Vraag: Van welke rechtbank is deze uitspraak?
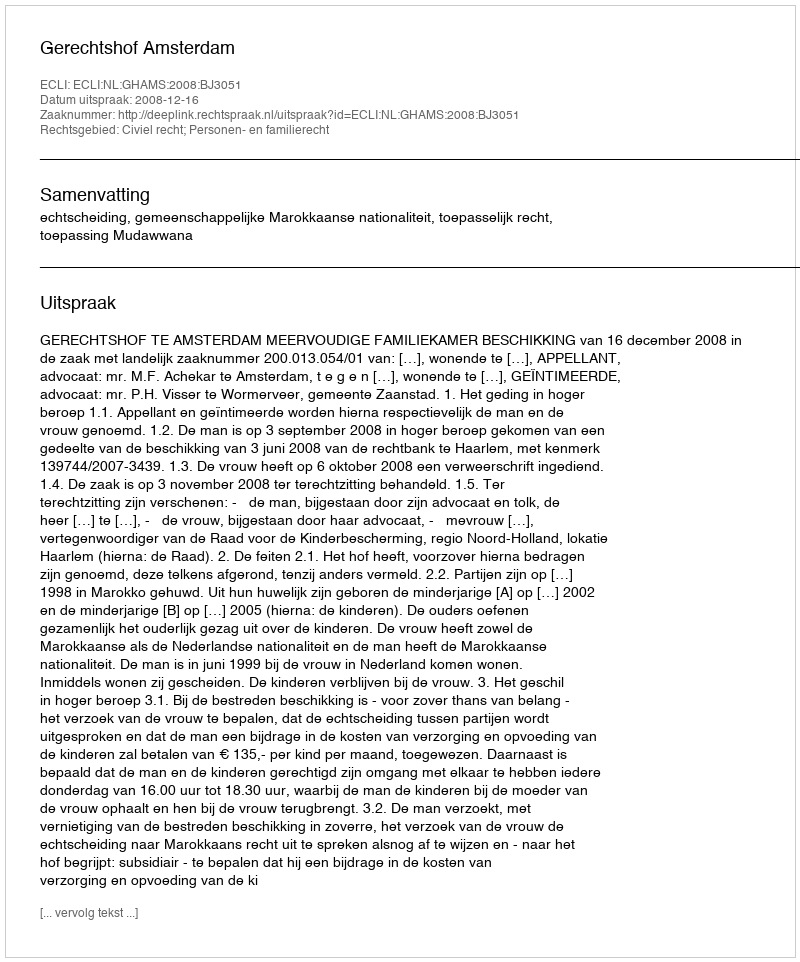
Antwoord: Gerechtshof Amsterdam